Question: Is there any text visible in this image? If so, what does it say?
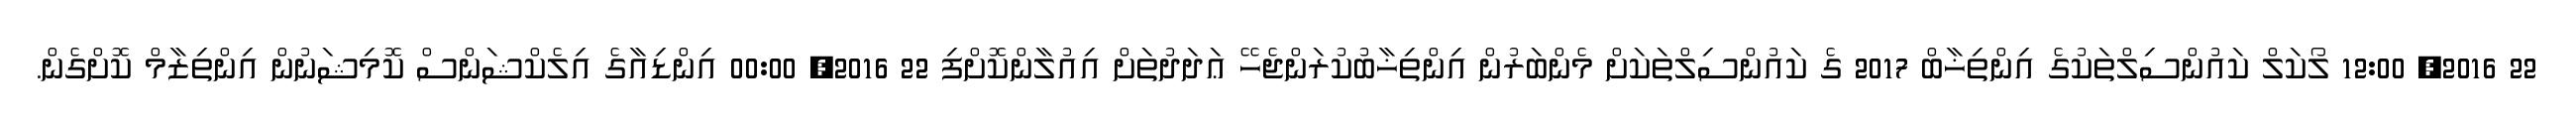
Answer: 22 2016, 12:00 ލޯކަލް ކައުންސިލްތަކުގެ އިންތިޚާބް 2017 ގެ ކައުންސިލްތަކަށް މެންބަރުން އިންތިޚާބުކުރަންޖެހޭ ޢަދަދުތަށް އިއުލާންކޮށްފި 22 2016, 00:00 އިންޑިއާގެ އިލެކްޝަންސް ކޮމިޝަނުން އިންތިޒާމް ކޮށްގެން.